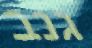
גנב